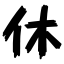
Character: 休